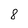
Character: 8